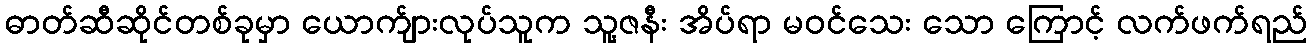
ဓာတ်ဆီဆိုင်တစ်ခုမှာ ယောက်ျားလုပ်သူက သူ့ဇနီး အိပ်ရာ မဝင်သေး သော ကြောင့် လက်ဖက်ရည်